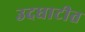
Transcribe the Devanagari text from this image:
उदघाटीत